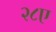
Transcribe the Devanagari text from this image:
२८ए